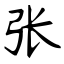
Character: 张